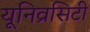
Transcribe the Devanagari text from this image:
यूनिव्रसिटी